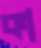
কা